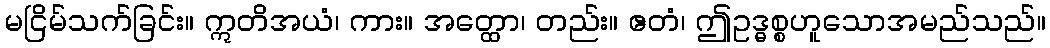
မငြိမ်သက်ခြင်း။ ဣတိအယံ၊ ကား။ အတ္ထော၊ တည်း။ ဧတံ၊ ဤဥဒ္ဓစ္စဟူသောအမည်သည်။